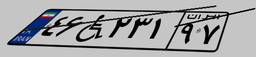
۳۷W۷۶۳۶۳